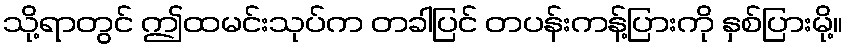
သို့ရာတွင် ဤထမင်းသုပ်က တခါပြင် တပန်းကန့်ပြားကို နှစ်ပြားမို့။